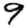
Digit: 9